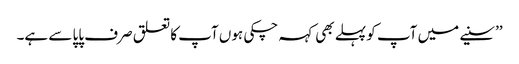
’’سنیے میں آپ کو پہلے بھی کہہ چکی ہوں آپ کا تعلق صرف پاپا سے ہے۔